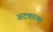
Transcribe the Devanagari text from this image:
अटकाया